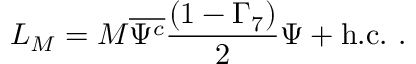
L _ { M } = M \overline { { { \Psi ^ { c } } } } \frac { ( 1 - \Gamma _ { 7 } ) } { 2 } \Psi + \mathrm { h . c . } ~ .